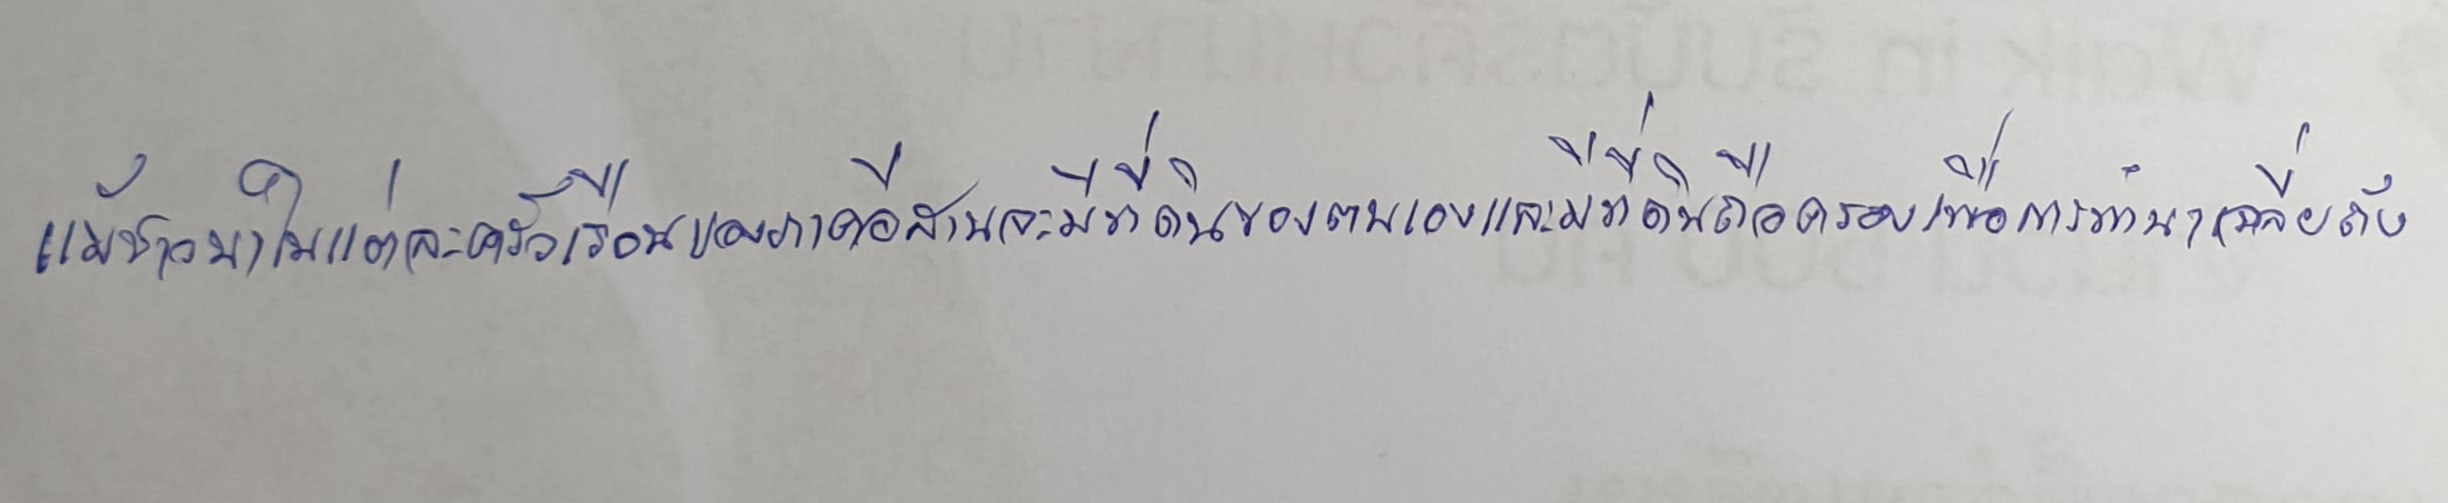
แม้ชาวนาในแต่ละครัวเรือนของภาคอีสานจะมีที่ดินของตนเองและมีที่ดินถือครองเพื่อการทำนาเฉลี่ยถัง